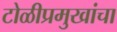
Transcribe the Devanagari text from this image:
टोळीप्रमुखांचा